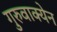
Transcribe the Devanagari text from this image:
गुरुवाक्येन